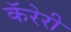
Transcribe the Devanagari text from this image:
कॅरेरी